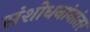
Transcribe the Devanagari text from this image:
संशोधनांनांतर